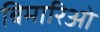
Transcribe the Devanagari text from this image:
बिमारिओं